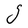
Character: g